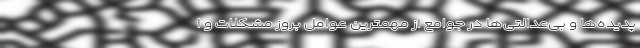
پدیده‌ها و بی‌عدالتی‌ها در جوامع از مهمترین عوامل بروز مشکلات و ا